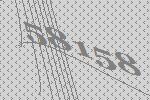
58158